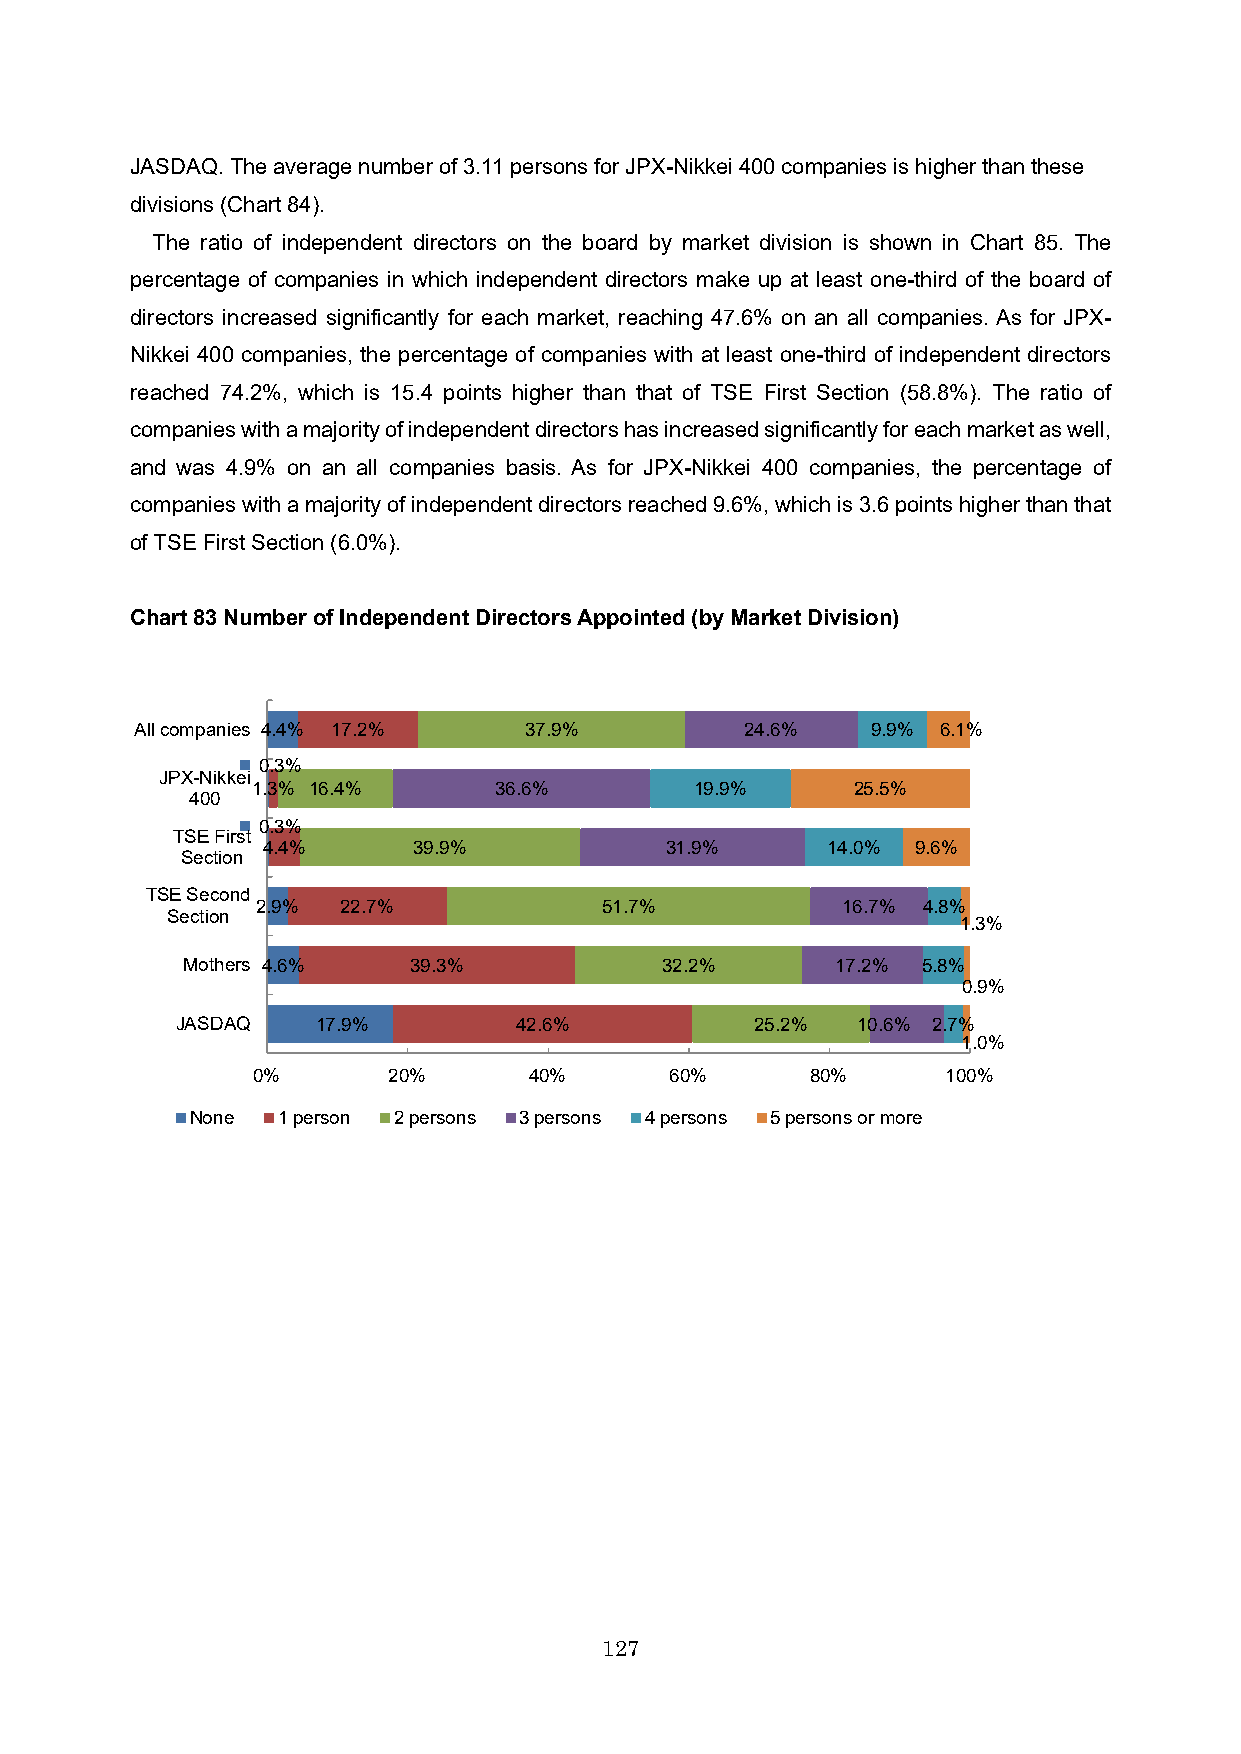
JASDAQ. The average number of 3.11 persons for JPX-Nikkei 400 companies is higher than these
 divisions (Chart84).
 The ratio of independent directors on the board by market division is shown in Chart 85. The
 percentage of companies in which independent directors make up at least one-third of the board of
 directors increased significantly for each market, reaching 47.6% on an all companies. As for JPX-
 Nikkei 400 companies, the percentage of companies with at least one-third of independent directors
 reached 74.2%, which is 15.4 points higher than that of TSE First Section (58.8%). The ratio of
 companies with a majority of independent directors has increased significantly for each market as well,
 and was 4.9% on an all companies basis. As for JPX-Nikkei 400 companies, the percentage of
 companies with a majority of independent directors reached 9.6%, which is 3.6 points higher than that
 of TSE First Section (6.0%).
 Chart 83Number of Independent Directors Appointed (by Market Division)
 All companies 4.4% 17.2%  37.9%         24.6%    9.9% 6.1%
 0.3%
 JPX-Nikkei
 1.3% 16.4%      36.6%        19.9%     25.5%
 400
 0.3%
 TSE First
 4.4%      39.9%            31.9%      14.0% 9.6%
 Section
 TSE Second
 2.9%  22.7%            51.7%           16.7% 4.8%
 Section
 1.3%
 Mothers 4.6%   39.3%            32.2%      17.2% 5.8%
 0.9%
 JASDAQ   17.9%        42.6%           25.2%  10.6% 2.7%
 1.0%
 0%       20%      40%      60%       80%      100%
 None 1 person 2 persons 3 persons 4 persons 5 persons or more
 127